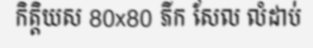
កិត្តិយស 80x80 ភីក សែល លំដាប់